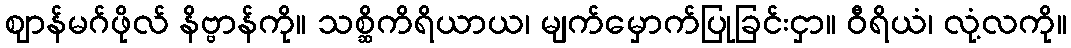
ဈာန်မဂ်ဖိုလ် နိဗ္ဗာန်ကို။ သစ္ဆိကိရိယာယ၊ မျက်မှောက်ပြုခြင်းငှာ။ ဝီရိယံ၊ လုံ့လကို။